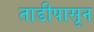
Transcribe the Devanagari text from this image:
ताडीपासून